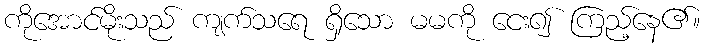
ကိုအောင်မိုးသည် ကျက်သရေ ရှိသော မမကို ငေး၍ ကြည့်နေ၏။